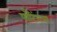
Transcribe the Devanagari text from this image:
पाँटिंगचा